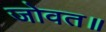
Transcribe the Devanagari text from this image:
जोवत॥